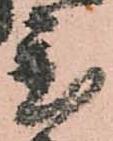
置